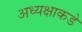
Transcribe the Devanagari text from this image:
अध्यक्षाकडे